Scottish Certificate of Education, 1962
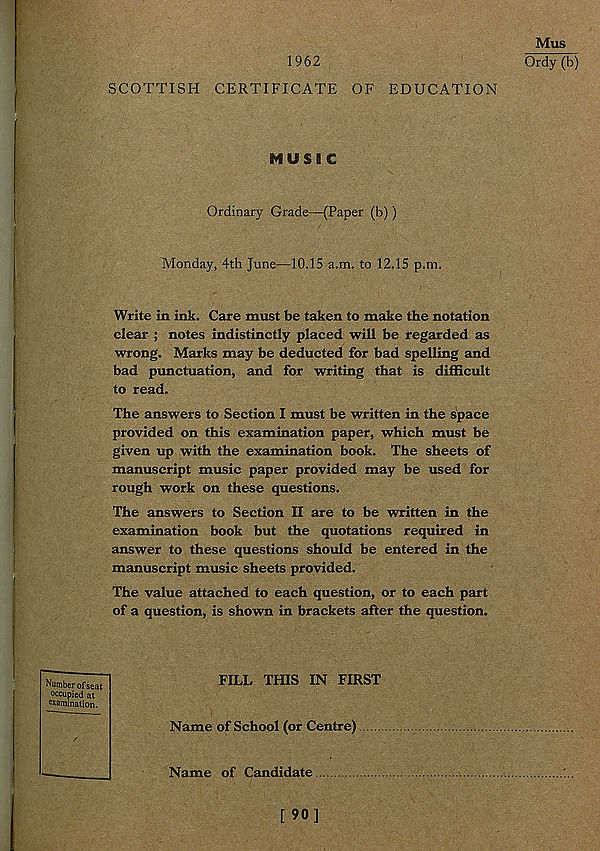
Mus
1962
Ordy (b)
SCOTTISH CERTIFICATE OF EDUCATION
MUSIC
Ordinary Grade—(Paper (b))
Monday, 4th June—10.15 a.m. to 12.15 p.m.
Write in ink. Care must be taken to make the notation
clear ; notes indistinctly placed will be regarded as
wrong. Marks may be deducted for bad spelling and
bad punctuation, and for writing that is difficult
to read.
The answers to Section I must be written in the space
provided on this examination paper, which must be
given up with the examination book. The sheets of
manuscript music paper provided may be used for
rough work on these questions.
The answers to Section II are to be written in the
examination book but the quotations required in
answer to these questions should be entered in the
manuscript music sheets provided.
The value attached to each question, or to each part
of a question, is shown in brackets after the question.
FILL THIS IN FIRST
Name of School (or Centre)
Name of Candidate
Number of seat
occupied at
examination.
[90]